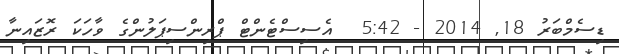
ޑިސެމްބަރު 18